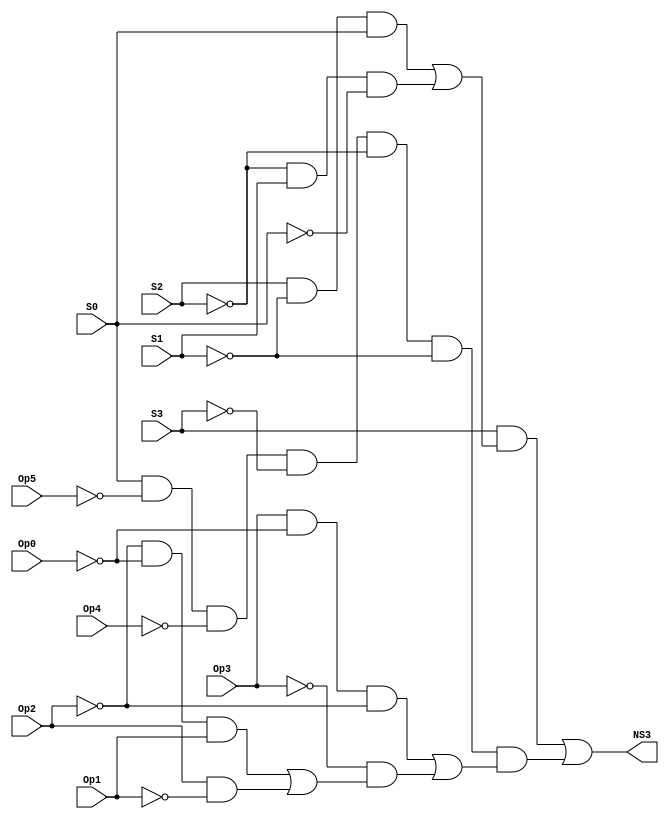
// This program was cloned from: https://github.com/FIUSCIS-CDA/CPU_MultiCycle
// License: MIT License

// Copyright (C) 2020  Intel Corporation. All rights reserved.
// Your use of Intel Corporation's design tools, logic functions 
// and other software and tools, and any partner logic 
// functions, and any output files from any of the foregoing 
// (including device programming or simulation files), and any 
// associated documentation or information are expressly subject 
// to the terms and conditions of the Intel Program License 
// Subscription Agreement, the Intel Quartus Prime License Agreement,
// the Intel FPGA IP License Agreement, or other applicable license
// agreement, including, without limitation, that your use is for
// the sole purpose of programming logic devices manufactured by
// Intel and sold by Intel or its authorized distributors.  Please
// refer to the applicable agreement for further details, at
// https://fpgasoftware.intel.com/eula.

// PROGRAM		"Quartus Prime"
// VERSION		"Version 20.1.1 Build 720 11/11/2020 SJ Lite Edition"
// CREATED		"Sun Aug 14 23:28:54 2022"

module NS3(
	Op5,
	Op4,
	Op3,
	Op2,
	Op1,
	Op0,
	S3,
	S2,
	S1,
	S0,
	NS3
);


input wire	Op5;
input wire	Op4;
input wire	Op3;
input wire	Op2;
input wire	Op1;
input wire	Op0;
input wire	S3;
input wire	S2;
input wire	S1;
input wire	S0;
output wire	NS3;

wire	SYNTHESIZED_WIRE_26;
wire	SYNTHESIZED_WIRE_27;
wire	SYNTHESIZED_WIRE_4;
wire	SYNTHESIZED_WIRE_5;
wire	SYNTHESIZED_WIRE_6;
wire	SYNTHESIZED_WIRE_7;
wire	SYNTHESIZED_WIRE_8;
wire	SYNTHESIZED_WIRE_9;
wire	SYNTHESIZED_WIRE_10;
wire	SYNTHESIZED_WIRE_11;
wire	SYNTHESIZED_WIRE_12;
wire	SYNTHESIZED_WIRE_13;
wire	SYNTHESIZED_WIRE_28;
wire	SYNTHESIZED_WIRE_15;
wire	SYNTHESIZED_WIRE_29;
wire	SYNTHESIZED_WIRE_17;
wire	SYNTHESIZED_WIRE_18;
wire	SYNTHESIZED_WIRE_19;
wire	SYNTHESIZED_WIRE_20;
wire	SYNTHESIZED_WIRE_21;
wire	SYNTHESIZED_WIRE_22;
wire	SYNTHESIZED_WIRE_25;




assign	SYNTHESIZED_WIRE_25 =  ~Op1;

assign	SYNTHESIZED_WIRE_26 =  ~Op2;

assign	SYNTHESIZED_WIRE_6 = SYNTHESIZED_WIRE_26 & SYNTHESIZED_WIRE_27 & Op1;

assign	SYNTHESIZED_WIRE_21 =  ~Op4;

assign	SYNTHESIZED_WIRE_20 =  ~Op5;

assign	SYNTHESIZED_WIRE_8 = Op3 & SYNTHESIZED_WIRE_27 & SYNTHESIZED_WIRE_26;

assign	SYNTHESIZED_WIRE_11 = SYNTHESIZED_WIRE_4 & SYNTHESIZED_WIRE_5;

assign	SYNTHESIZED_WIRE_13 = SYNTHESIZED_WIRE_6 | SYNTHESIZED_WIRE_7;

assign	SYNTHESIZED_WIRE_5 = SYNTHESIZED_WIRE_8 | SYNTHESIZED_WIRE_9;

assign	NS3 = SYNTHESIZED_WIRE_10 | SYNTHESIZED_WIRE_11;

assign	SYNTHESIZED_WIRE_12 =  ~Op3;

assign	SYNTHESIZED_WIRE_9 = SYNTHESIZED_WIRE_12 & SYNTHESIZED_WIRE_13;

assign	SYNTHESIZED_WIRE_18 = SYNTHESIZED_WIRE_28 & S1 & SYNTHESIZED_WIRE_15;

assign	SYNTHESIZED_WIRE_17 = S2 & SYNTHESIZED_WIRE_29 & S0;

assign	SYNTHESIZED_WIRE_19 = SYNTHESIZED_WIRE_17 | SYNTHESIZED_WIRE_18;

assign	SYNTHESIZED_WIRE_10 = S3 & SYNTHESIZED_WIRE_19;

assign	SYNTHESIZED_WIRE_4 = S0 & SYNTHESIZED_WIRE_20 & SYNTHESIZED_WIRE_21 & SYNTHESIZED_WIRE_22 & SYNTHESIZED_WIRE_28 & SYNTHESIZED_WIRE_29;

assign	SYNTHESIZED_WIRE_15 =  ~S0;

assign	SYNTHESIZED_WIRE_27 =  ~Op0;

assign	SYNTHESIZED_WIRE_22 =  ~S3;

assign	SYNTHESIZED_WIRE_29 =  ~S1;

assign	SYNTHESIZED_WIRE_28 =  ~S2;

assign	SYNTHESIZED_WIRE_7 = Op2 & SYNTHESIZED_WIRE_25;


endmodule